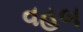
વહબ